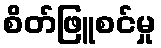
စိတ်ဖြူစင်မှု